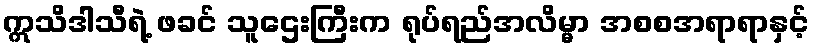
ဣသိဒါသီရဲ့ ဖခင် သူဌေးကြီးက ရုပ်ရည်အလိမ္မာ အစစအရာရာနှင့်